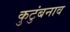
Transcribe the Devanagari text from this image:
कुटुंबनाव